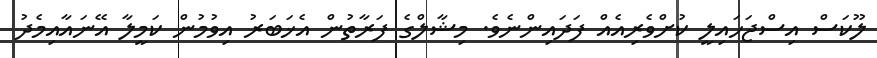
ލޫކަސް އިސްޖަހައިލީ ކުށްވެރިއެއް ފަދައިންނެވެ. މިޝާލްގެ ފަރާތުން އެޚަބަރު އިވުމުން ކަމީލާ އޭނައާއިމެދު